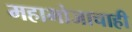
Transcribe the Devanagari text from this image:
महाभोजाचाही